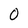
Character: O